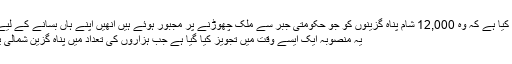
Image caption آسٹریلیا کی حکومت نے اعلان کیا ہے کہ وہ 12,000 شام پناہ گزینوں کو جو حکومتی جبر سے ملک چھوڑنے پر مجبور ہوئے ہیں انھیں اپنے ہاں بسانے کے لیے تیار ہے
یہ منصوبہ ایک ایسے وقت میں تجویز کیا گیا ہے جب ہزاروں کی تعداد میں پناہ گزین شمالی یورپ کی طرف بڑھ رہے ہیں۔